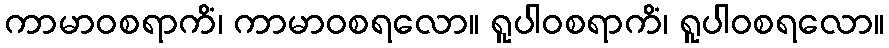
ကာမာဝစရာကိံ၊ ကာမာဝစရလော။ ရူပါဝစရာကိံ၊ ရူပါဝစရလော။